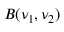
B ( \nu _ { 1 } , \nu _ { 2 } )